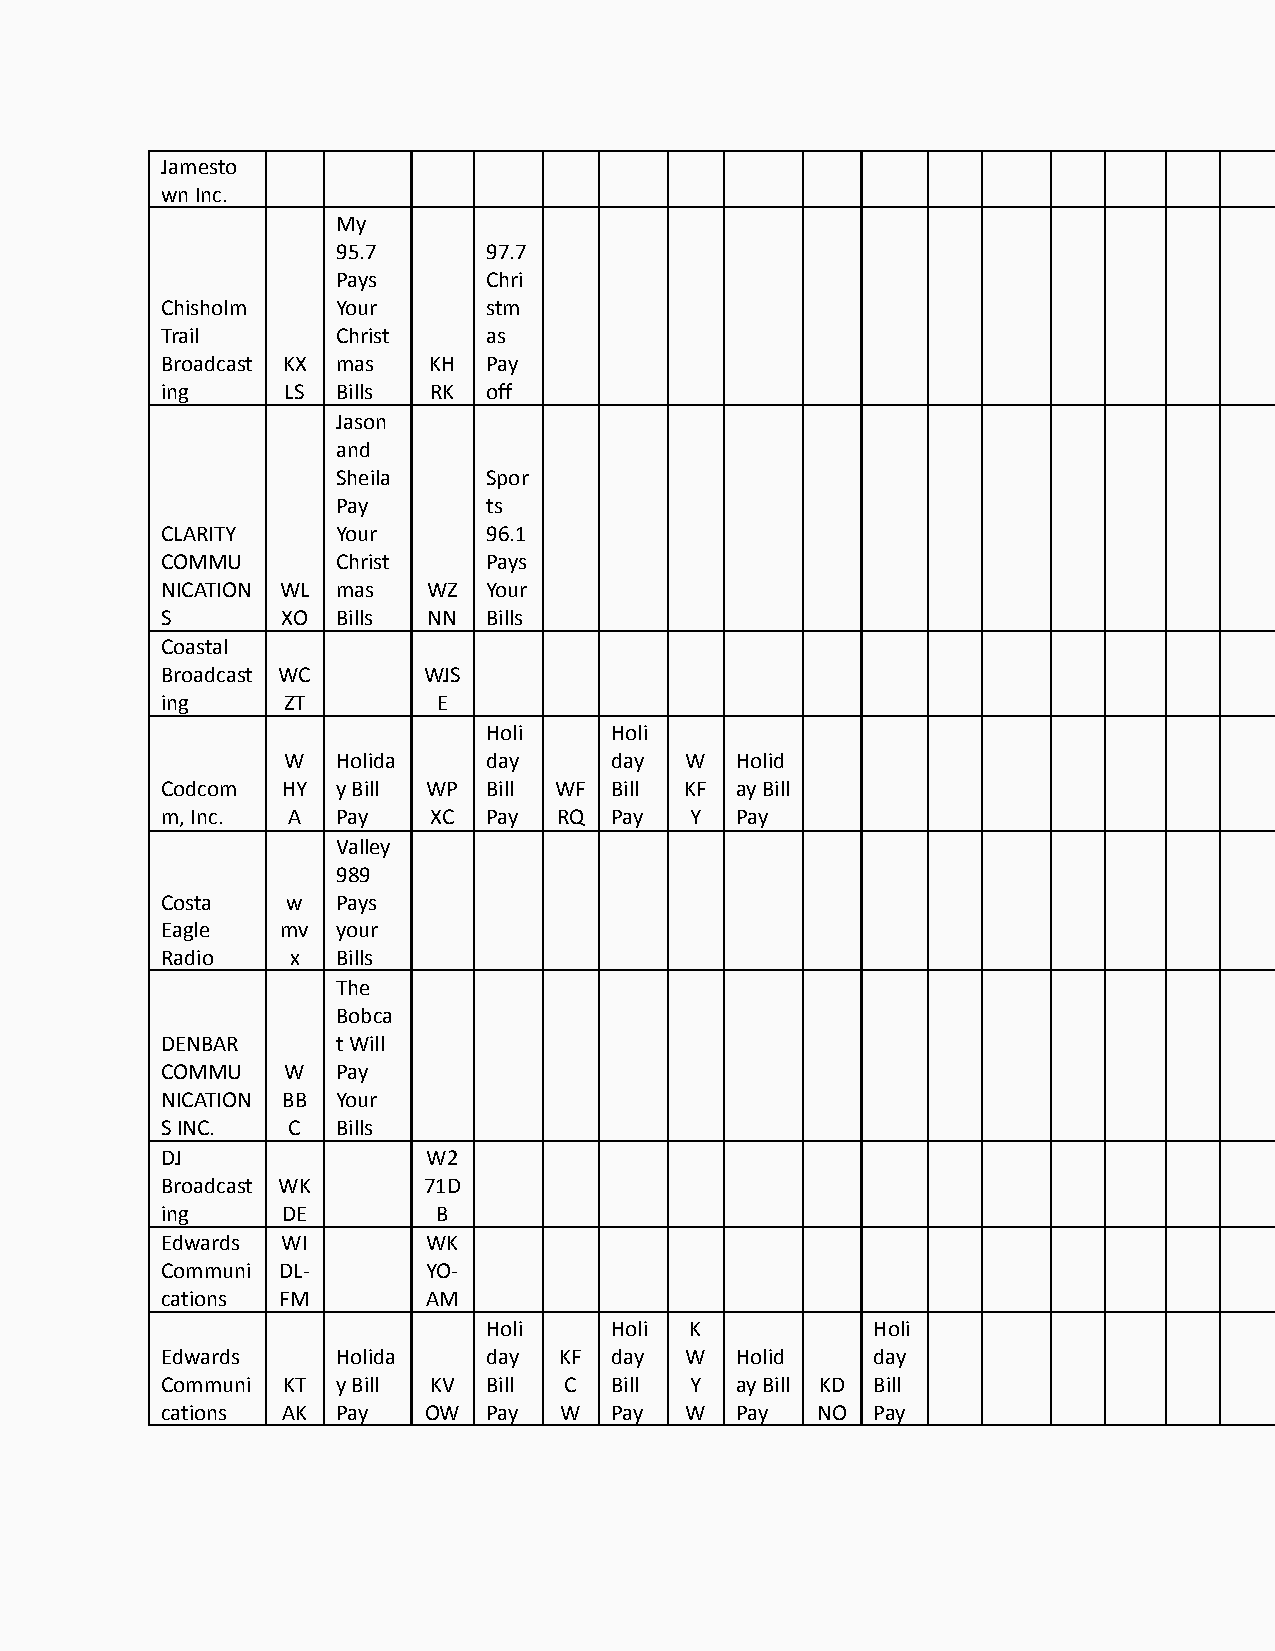
Jamesto
 wn Inc.
 My
 95.7      97.7
 Pays      Chri
 Chisholm   Your      stm
 Trail      Christ    as
 Broadcast KX mas KH  Pay
 ing     LS Bills RK  off
 Jason
 and
 Sheila    Spor
 Pay       ts
 CLARITY    Your      96.1
 COMMU      Christ    Pays
 NICATION WL mas  WZ  Your
 S       XO Bills NN  Bills
 Coastal
 Broadcast WC     WJS
 ing     ZT        E
 Holi    Holi
 W  Holida    day     day  W   Holid
 Codcom  HY y Bill WP Bill WF Bill KF  ay Bill
 m, Inc. A  Pay   XC  Pay  RQ Pay   Y  Pay
 Valley
 989
 Costa   w  Pays
 Eagle   mv your
 Radio   x  Bills
 The
 Bobca
 DENBAR     t Will
 COMMU   W  Pay
 NICATION BB Your
 S INC.  C  Bills
 DJ               W2
 Broadcast WK     71D
 ing     DE        B
 Edwards WI       WK
 Communi DL-      YO-
 cations FM       AM
 Holi    Holi  K           Holi
 Edwards    Holida    day  KF day  W   Holid    day
 Communi KT y Bill KV Bill C  Bill  Y  ay Bill KD Bill
 cations AK Pay   OW  Pay  W  Pay  W   Pay  NO  Pay